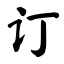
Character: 订